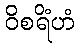
ဝိစရိံဟံ